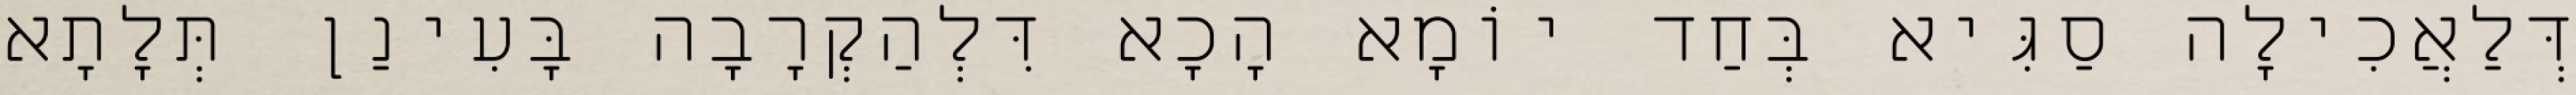
דְּלַאֲכִילָה סַגִּיא בְּחַד יוֹמָא הָכָא דִּלְהַקְרָבָה בָּעִינַן תְּלָתָא